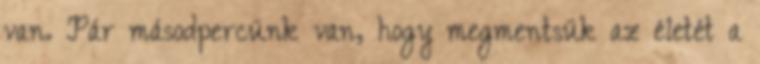
van. Pár másodpercünk van, hogy megmentsük az életét a